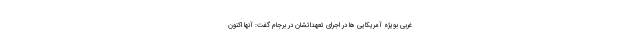
غربی بویژه آمریکایی ها در اجرای تعهداتشان در برجام گفت: آنها اکنون